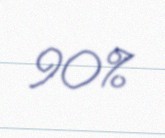
90%